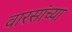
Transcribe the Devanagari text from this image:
वारसांच्या